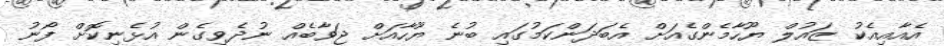
އެއާއިއެކު ޒައުލް ޔޫހާމެންގެއަށް އެބަދަންކަމުގައި ބުނެ ޔޫހާއަށް ޖަވާބެއް ނުދެވިގެން އުޅެނިކޮށް ފޯނު